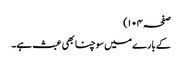
صفحہ ۱۰۴)
کے بارے میں سوچنا بھی عبث ہے۔